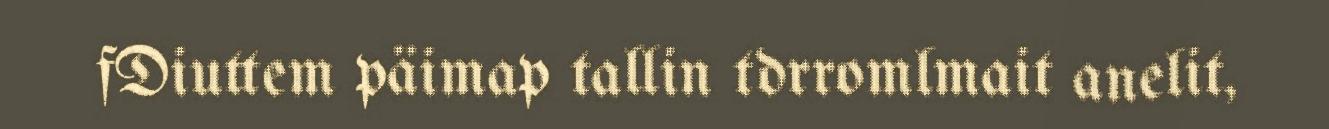
fDiuttem päimap tallin tdrromlmait anelit,